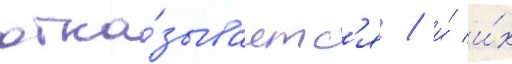
отка́зываетс'я / и́ и́х